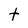
Character: t